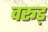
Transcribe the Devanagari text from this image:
वरूड़